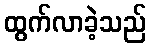
ထွက်လာခဲ့သည်